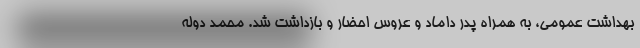
بهداشت عمومی، به همراه پدر داماد و عروس احضار و بازداشت شد. محمد دوله